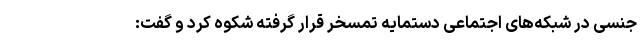
جنسی در شبکه‌های اجتماعی دستمایه تمسخر قرار گرفته شکوه کرد و گفت: